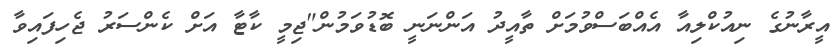
އީރާނުގެ ނިއުކްލިއާ އެއްބަސްވުމަށް ތާއީދު އަންނަނީ ބޮޑުވަމުން"ޖިމީ ކާޓާ އަށް ކެންސަރު ޖެހިފައިވާ